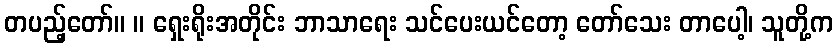
တပည့်တော်။ ။ ရှေးရိုးအတိုင်း ဘာသာရေး သင်ပေးယင်တော့ တော်သေး တာပေါ့၊ သူတို့က